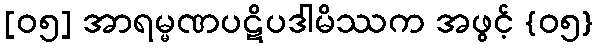
[၀၅] အာရမ္မဏပဋိပဒါမိဿက အဖွင့် {၀၅}